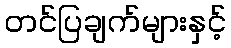
တင်ပြချက်များနှင့်